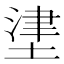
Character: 堻